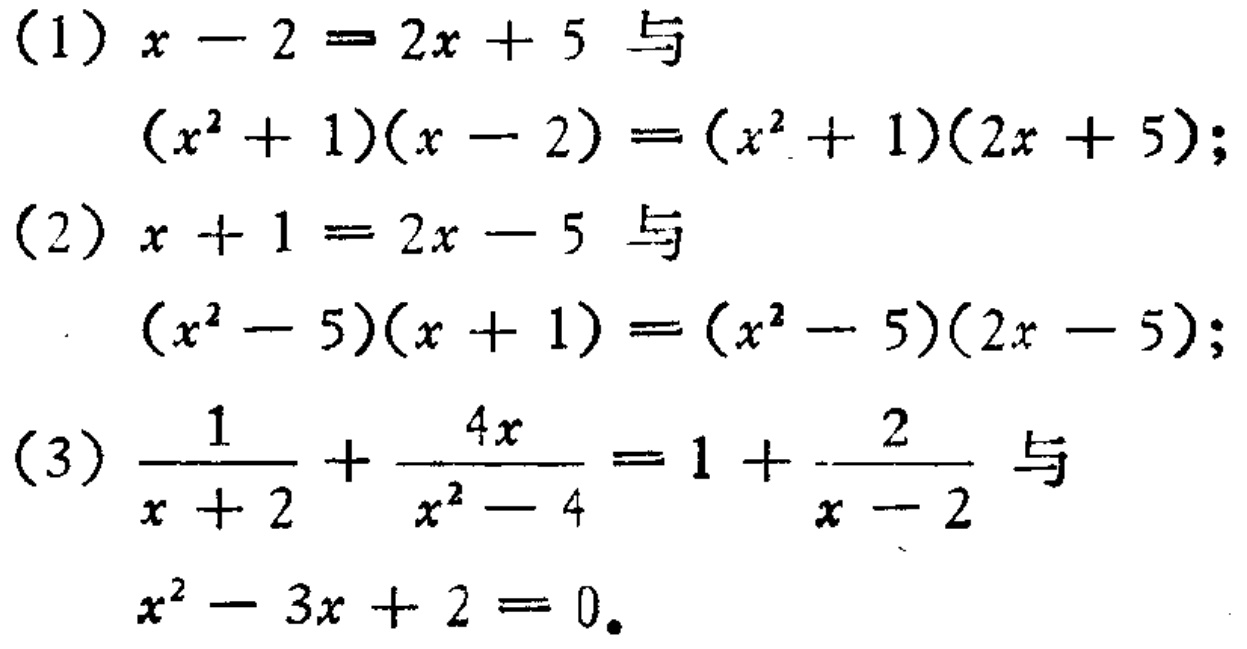
（1）$x - 2 = 2x + 5$与
$(x^{2} + 1)(x - 2) = (x^{2} + 1)(2x + 5)$；
（2）$x + 1 = 2x - 5$与
$(x^{2} - 5)(x + 1) = (x^{2} - 5)(2x - 5)$；
（3）$\frac{1}{x + 2} + \frac{4x}{x^{2} - 4} = 1 + \frac{2}{x - 2}$与
$x^{2} - 3x + 2 = 0$。